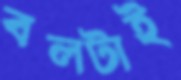
বলটাই